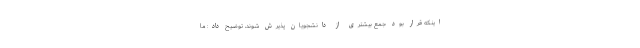
اینکه قرار بود جمع بیشتری از دانشجویان پذیرش شوند، توضیح داد: ما